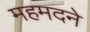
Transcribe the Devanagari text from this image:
महमदने